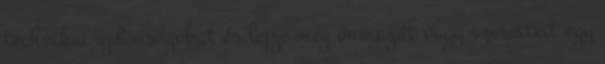
technikai újdonságokat és lepje meg önmagát vagy szeretteit egy